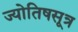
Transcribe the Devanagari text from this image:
ज्योतिषसूत्र